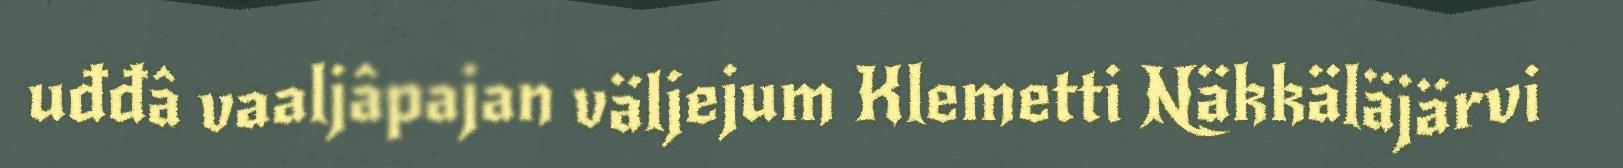
uđđâ vaaljâpajan väljejum Klemetti Näkkäläjärvi